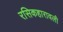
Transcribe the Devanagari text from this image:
रसिकहारावली